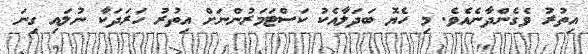
އިތުރު ވެގެންދާނެއެވެ. މި ހެޔޮ ބަދަލާއެކު ކަސްޓަމަރުންނަށް އިތުރު ހަރަދަކާ ނުލައި ގިނަ